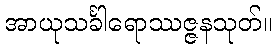
အာယုသင်္ခါရောဿဇ္ဇနသုတ်။